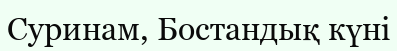
Суринам, Бостандық күні